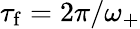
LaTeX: \tau_{\mathrm{f}}=2\pi/\omega_{+}